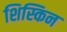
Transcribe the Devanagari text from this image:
शिस्किन